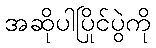
အဆိုပါပြိုင်ပွဲကို